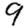
Digit: 9